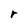
Character: r